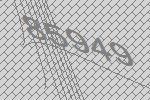
85949